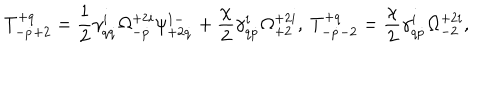
LaTeX: T _ { - \dot { p } + 2 } ^ { + q } = \frac 1 2 \gamma _ { q \dot { q } } ^ { i } \Omega _ { - \dot { p } } ^ { + 2 i } \psi _ { + 2 \dot { q } } ^ { 1 - } + \frac { \chi } { 2 } \gamma _ { q \dot { p } } ^ { i } \Omega _ { + 2 } ^ { + 2 i } , \ T _ { - \dot { p } - 2 } ^ { + q } = \frac { \chi } { 2 } \gamma _ { q \dot { p } } ^ { i } \Omega _ { - 2 } ^ { + 2 i } ,